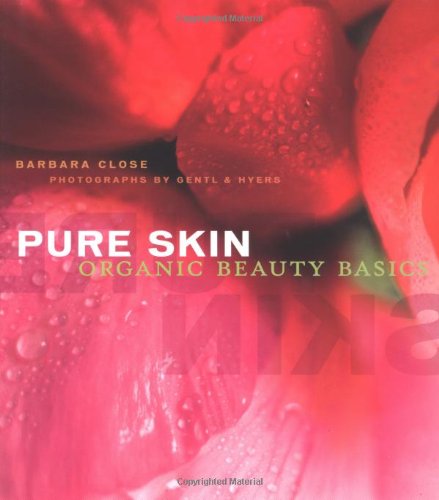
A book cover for Pure Skin: Organic Beauty Basics; Barbara Close; Health, Fitness & Dieting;